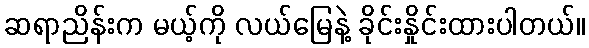
ဆရာညိန်းက မယ့်ကို လယ်မြေနဲ့ ခိုင်းနှိုင်းထားပါတယ်။